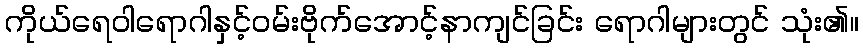
ကိုယ်ရေဝါရောဂါနှင့်ဝမ်းဗိုက်အောင့်နာကျင်ခြင်း ရောဂါများတွင် သုံး၏။